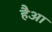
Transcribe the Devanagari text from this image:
हैआ